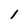
Character: 1